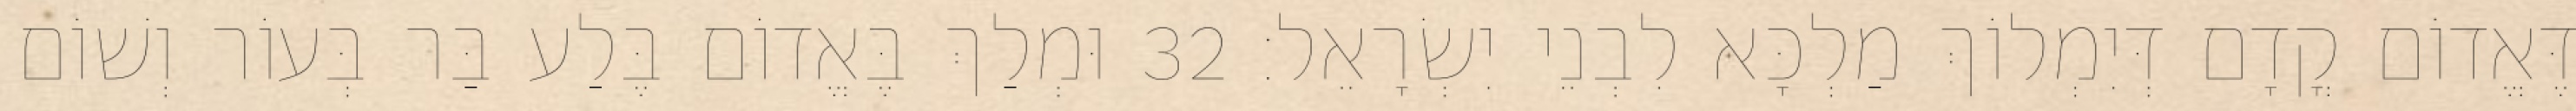
דֶּאֱדוֹם קֳדָם דְּיִמְלוֹךְ מַלְכָּא לִבְנֵי יִשְׂרָאֵל׃ 32 וּמְלַךְ בֶּאֱדוֹם בֶּלַע בַּר בְּעוֹר וְשׁוֹם